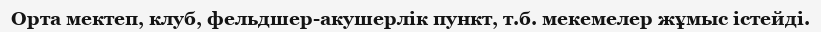
Орта мектеп, клуб, фельдшер-акушерлік пункт, т.б. мекемелер жұмыс істейді.